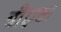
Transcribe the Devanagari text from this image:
त्रीएक